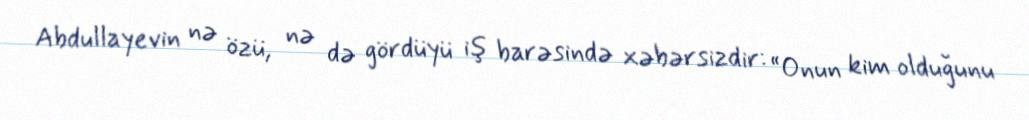
Abdullayevin nə özü, nə də gördüyü iş barəsində xəbərsizdir: “Onun kim olduğunu